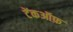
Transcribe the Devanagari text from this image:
टेंकऑफ़